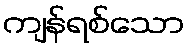
ကျန်ရစ်သော